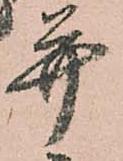
并